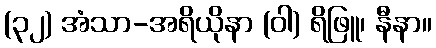
(၃၂) အံသာ-အရိယိုနာ (ဝါ) ရိဖြူ၊ နီနာ။